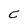
Character: C